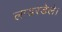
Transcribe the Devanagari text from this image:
लाडरडेले।